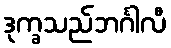
ဒုက္ခသည်ဘင်္ဂါလီ